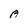
Character: A